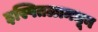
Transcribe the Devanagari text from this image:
इस्पितळामधून